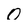
Character: 0